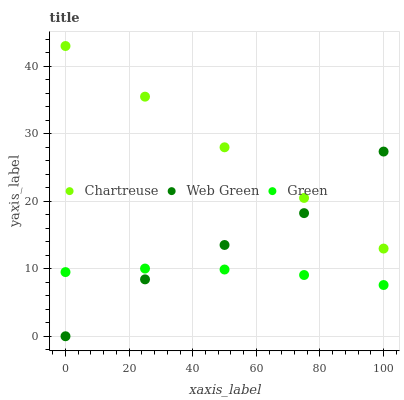
| xaxis_label | Chartreuse | Web Green | Green |
 | --- | --- | --- | --- |
 | 0 | 43 | 0 | 9.51 |
 | 25 | 35.5 | 8.43 | 10 |
 | 50 | 28 | 13.5 | 9.89 |
 | 75 | 20.5 | 18.2 | 9.07 |
 | 100 | 13 | 27.4 | 7.59 |